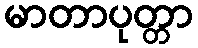
မာတာပုတ္တာ